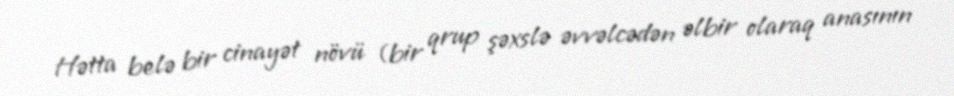
Hətta belə bir cinayət növü (bir qrup şəxslə əvvəlcədən əlbir olaraq anasının